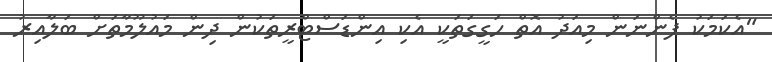
"އެކަމަކު ފެންނަން މިއަދު އޮތް ހަގީގަތަކީ އެކި އިންޑަސްޓްރީތަކުން ދިން މައުލޫމާތަށް ބަލާއިރު